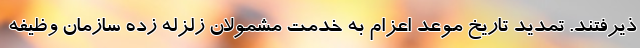
ذیرفتند. تمدید تاریخ موعد اعزام به خدمت مشمولان زلزله زده سازمان وظیفه